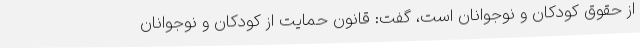
از حقوق کودکان و نوجوانان است، گفت: قانون حمایت از کودکان و نوجوانان